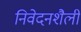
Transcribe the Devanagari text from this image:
निवेदनशैली